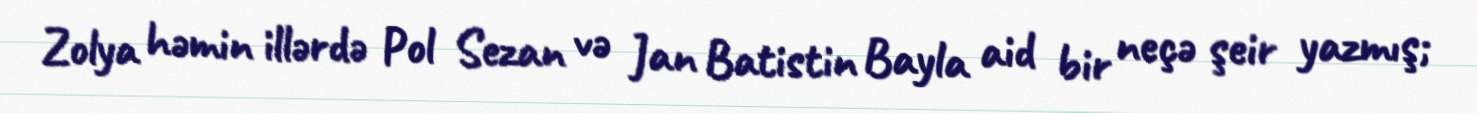
Zolya həmin illərdə Pol Sezan və Jan Batistin Bayla aid bir neçə şeir yazmış;